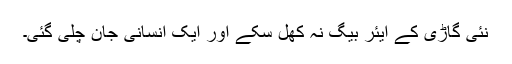
نئی گاڑی کے ایئر بیگ نہ کھل سکے اور ایک انسانی جان چلی گئی۔